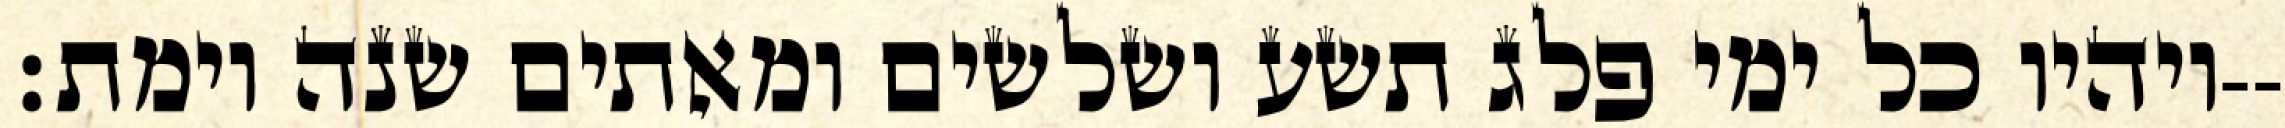
ויהיו כל ימי פלג תשע ושלשים ומאתים שנה וימת׃--